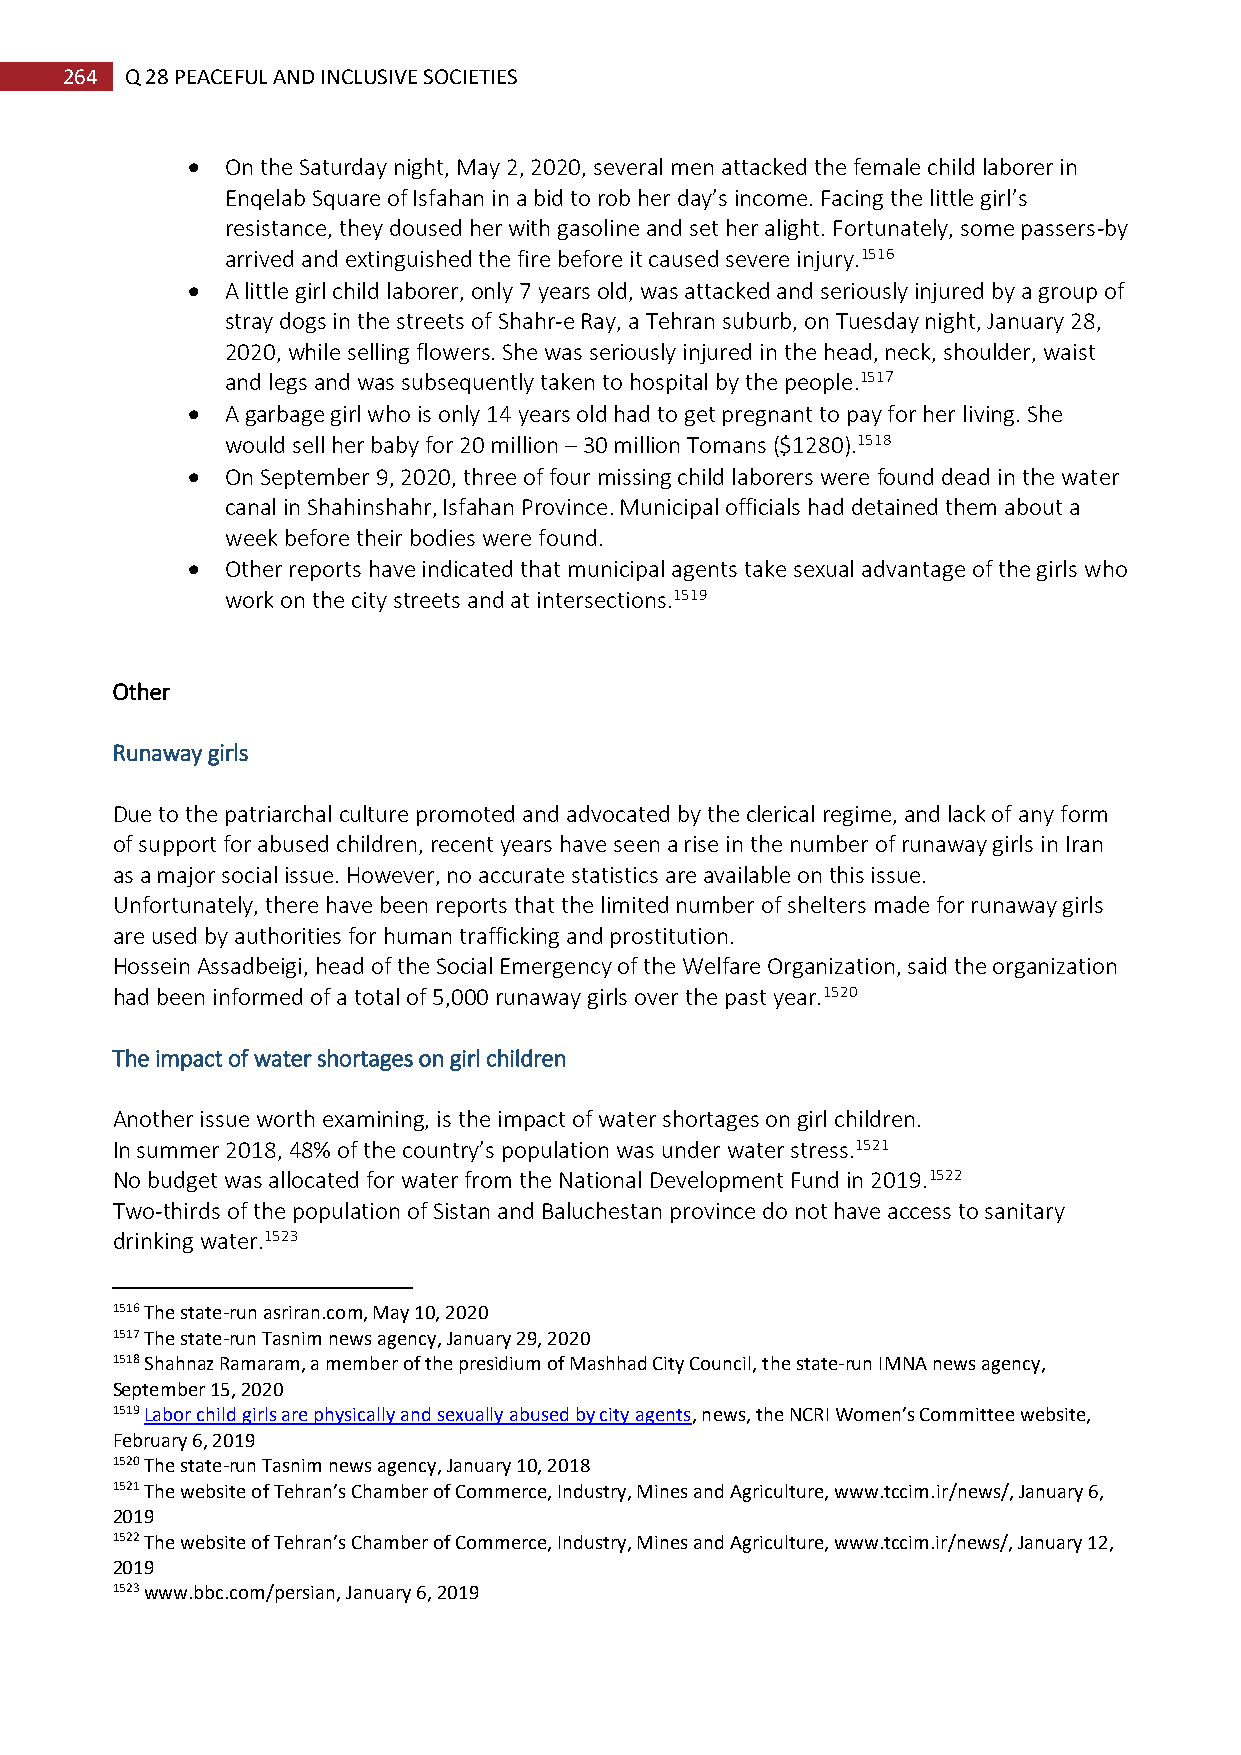
264 Q 28 PEACEFUL AND INCLUSIVE SOCIETIES
   On the Saturday night, May 2, 2020, several men attacked the female child laborer in
 Enqelab Square of Isfahan in a bid to rob her day’s income. Facing the little girl’s
 resistance, they doused her with gasoline and set her alight. Fortunately, some passers-by
 arrived and extinguished the fire before it caused severe injury.1516
   A little girl child laborer, only 7 years old, was attacked and seriously injured by a group of
 stray dogs in the streets of Shahr-e Ray, a Tehran suburb, on Tuesday night, January 28,
 2020, while selling flowers. She was seriously injured in the head, neck, shoulder, waist
 and legs and was subsequently taken to hospital by the people.1517
   A garbage girl who is only 14 years old had to get pregnant to pay for her living. She
 would sell her baby for 20 million – 30 million Tomans ($1280).1518
   On September 9, 2020, three of four missing child laborers were found dead in the water
 canal in Shahinshahr, Isfahan Province. Municipal officials had detained them about a
 week before their bodies were found.
   Other reports have indicated that municipal agents take sexual advantage of the girls who
 work on the city streets and at intersections.1519
 Other
 Runaway girls
 Due to the patriarchal culture promoted and advocated by the clerical regime, and lack of any form
 of support for abused children, recent years have seen a rise in the number of runaway girls in Iran
 as a major social issue. However, no accurate statistics are available on this issue.
 Unfortunately, there have been reports that the limited number of shelters made for runaway girls
 are used by authorities for human trafficking and prostitution.
 Hossein Assadbeigi, head of the Social Emergency of the Welfare Organization, said the organization
 had been informed of a total of 5,000 runaway girls over the past year.1520
 The impact of water shortages on girl children
 Another issue worth examining, is the impact of water shortages on girl children.
 In summer 2018, 48% of the country’s population was under water stress.1521
 No budget was allocated for water from the National Development Fund in 2019.1522
 Two-thirds of the population of Sistan and Baluchestan province do not have access to sanitary
 drinking water.1523
 1516 The state-run asriran.com, May 10, 2020
 1517 The state-run Tasnim news agency, January 29, 2020
 1518 Shahnaz Ramaram, a member of the presidium of Mashhad City Council, the state-run IMNA news agency,
 September 15, 2020
 1519 Labor child girls are physically and sexually abused by city agents, news, the NCRI Women’s Committee website,
 February 6, 2019
 1520 The state-run Tasnim news agency, January 10, 2018
 1521 The website of Tehran’s Chamber of Commerce, Industry, Mines and Agriculture, www.tccim.ir/news/, January 6,
 2019
 1522 The website of Tehran’s Chamber of Commerce, Industry, Mines and Agriculture, www.tccim.ir/news/, January 12,
 2019
 1523 www.bbc.com/persian, January 6, 2019